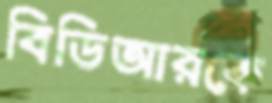
বিডিআরকে